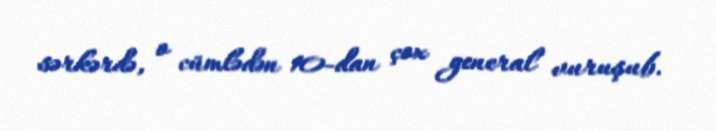
sərkərdə, o cümlədən 10-dan çox general vuruşub.